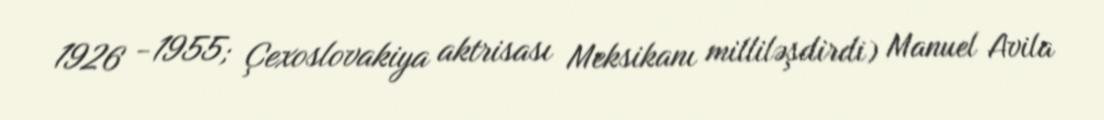
1926 -1955; Çexoslovakiya aktrisası Meksikanı milliləşdirdi) Manuel Avila